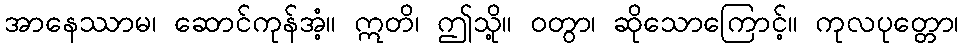
အာနေဿာမ၊ ဆောင်ကုန်အံ့။ ဣတိ၊ ဤသို့။ ဝတွာ၊ ဆိုသောကြောင့်။ ကုလပုတ္တော၊